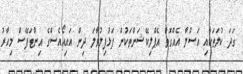
ގަދަ ކުލަތަކާއި އަސްލާ އެއްގޮތް އެޕްލިކޭޝަންތަކުން ފަޅުފިލުވާލަ ދިން އައިއޯއެސްގެ އިންޓަފޭސް މިހާރު